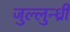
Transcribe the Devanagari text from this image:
जुल्लुन्ध्री